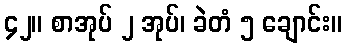
၄၂။ စာအုပ် ၂ အုပ်၊ ခဲတံ ၅ ချောင်း။